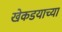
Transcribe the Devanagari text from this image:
खेकडयाच्या